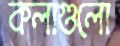
কলাগুলো